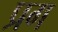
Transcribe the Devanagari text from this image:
प्रग